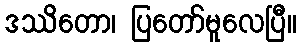
ဒဿိတော၊ ပြတော်မူလေပြီ။